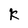
Character: K